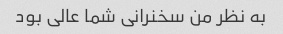
به نظر من سخنرانی شما عالی بود